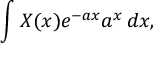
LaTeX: \int X ( x ) e ^ { - a x } a ^ { x } \, d x ,